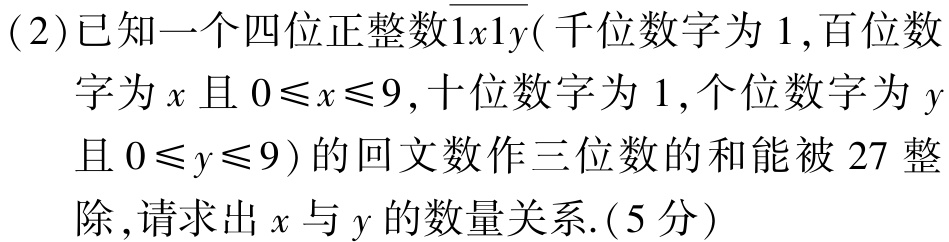
(2)已知一个四位正整数$\overline{1x1y}$(千位数字为$1$,百位数字为$x$且$0\leqslant x\leqslant9$,十位数字为$1$,个位数字为$y$且$0\leqslant y\leqslant9$)的回文数作三位数的和能被$27$整除,请求出$x$与$y$的数量关系.(5分)